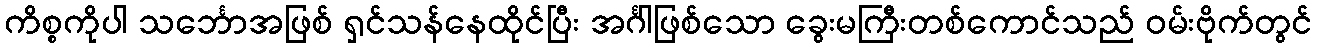
ကိစ္စကိုပါ သင်္ဘောအဖြစ် ရှင်သန်နေထိုင်ပြီး အင်္ဂါဖြစ်သော ခွေးမကြီးတစ်ကောင်သည် ဝမ်းဗိုက်တွင်